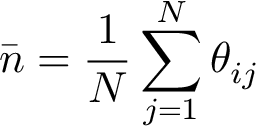
\bar { n } = \frac { 1 } { N } \sum _ { j = 1 } ^ { N } \theta _ { i j }